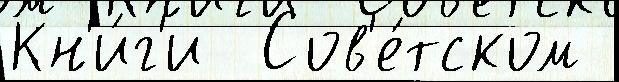
Кн'и́г'и  Сов'е́тском